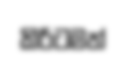
කිරිටමත්